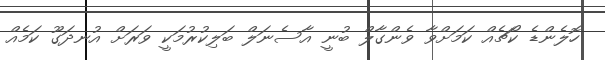
ހޮލެންޑެ ކޯޗެއް ކަމަށްވާ ވެންގާލް ބުނީ އާސެނަލް ބަލިކުރުމަކީ ވަރަށް އުނދަގޫ ކަމެއް